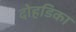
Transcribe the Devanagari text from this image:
दोहडिका